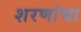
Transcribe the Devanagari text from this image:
शरणांचा